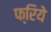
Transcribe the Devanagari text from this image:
फ्रिये